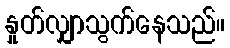
နှုတ်လျှာသွက်နေသည်။